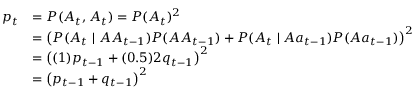
{ \begin{array} { r l } { p _ { t } } & { = P ( A _ { t } , A _ { t } ) = P ( A _ { t } ) ^ { 2 } } \\ & { = \left( P ( A _ { t } \mid A A _ { t - 1 } ) P ( A A _ { t - 1 } ) + P ( A _ { t } \mid A a _ { t - 1 } ) P ( A a _ { t - 1 } ) \right) ^ { 2 } } \\ & { = \left( ( 1 ) p _ { t - 1 } + ( 0 . 5 ) 2 q _ { t - 1 } \right) ^ { 2 } } \\ & { = \left( p _ { t - 1 } + q _ { t - 1 } \right) ^ { 2 } } \end{array} }